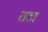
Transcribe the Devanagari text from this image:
तटा